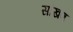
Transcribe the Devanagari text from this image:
सांखण